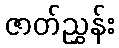
ဇာတ်ညွှန်း